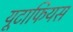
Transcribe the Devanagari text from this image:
यूटाफियस